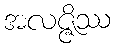
အလဇ္ဇိဿ